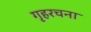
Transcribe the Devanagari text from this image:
गृहरचना